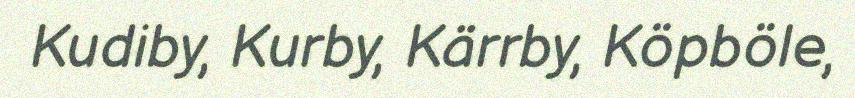
Kudiby, Kurby, Kärrby, Köpböle,